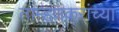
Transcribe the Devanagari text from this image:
ताम्हणकरांच्या